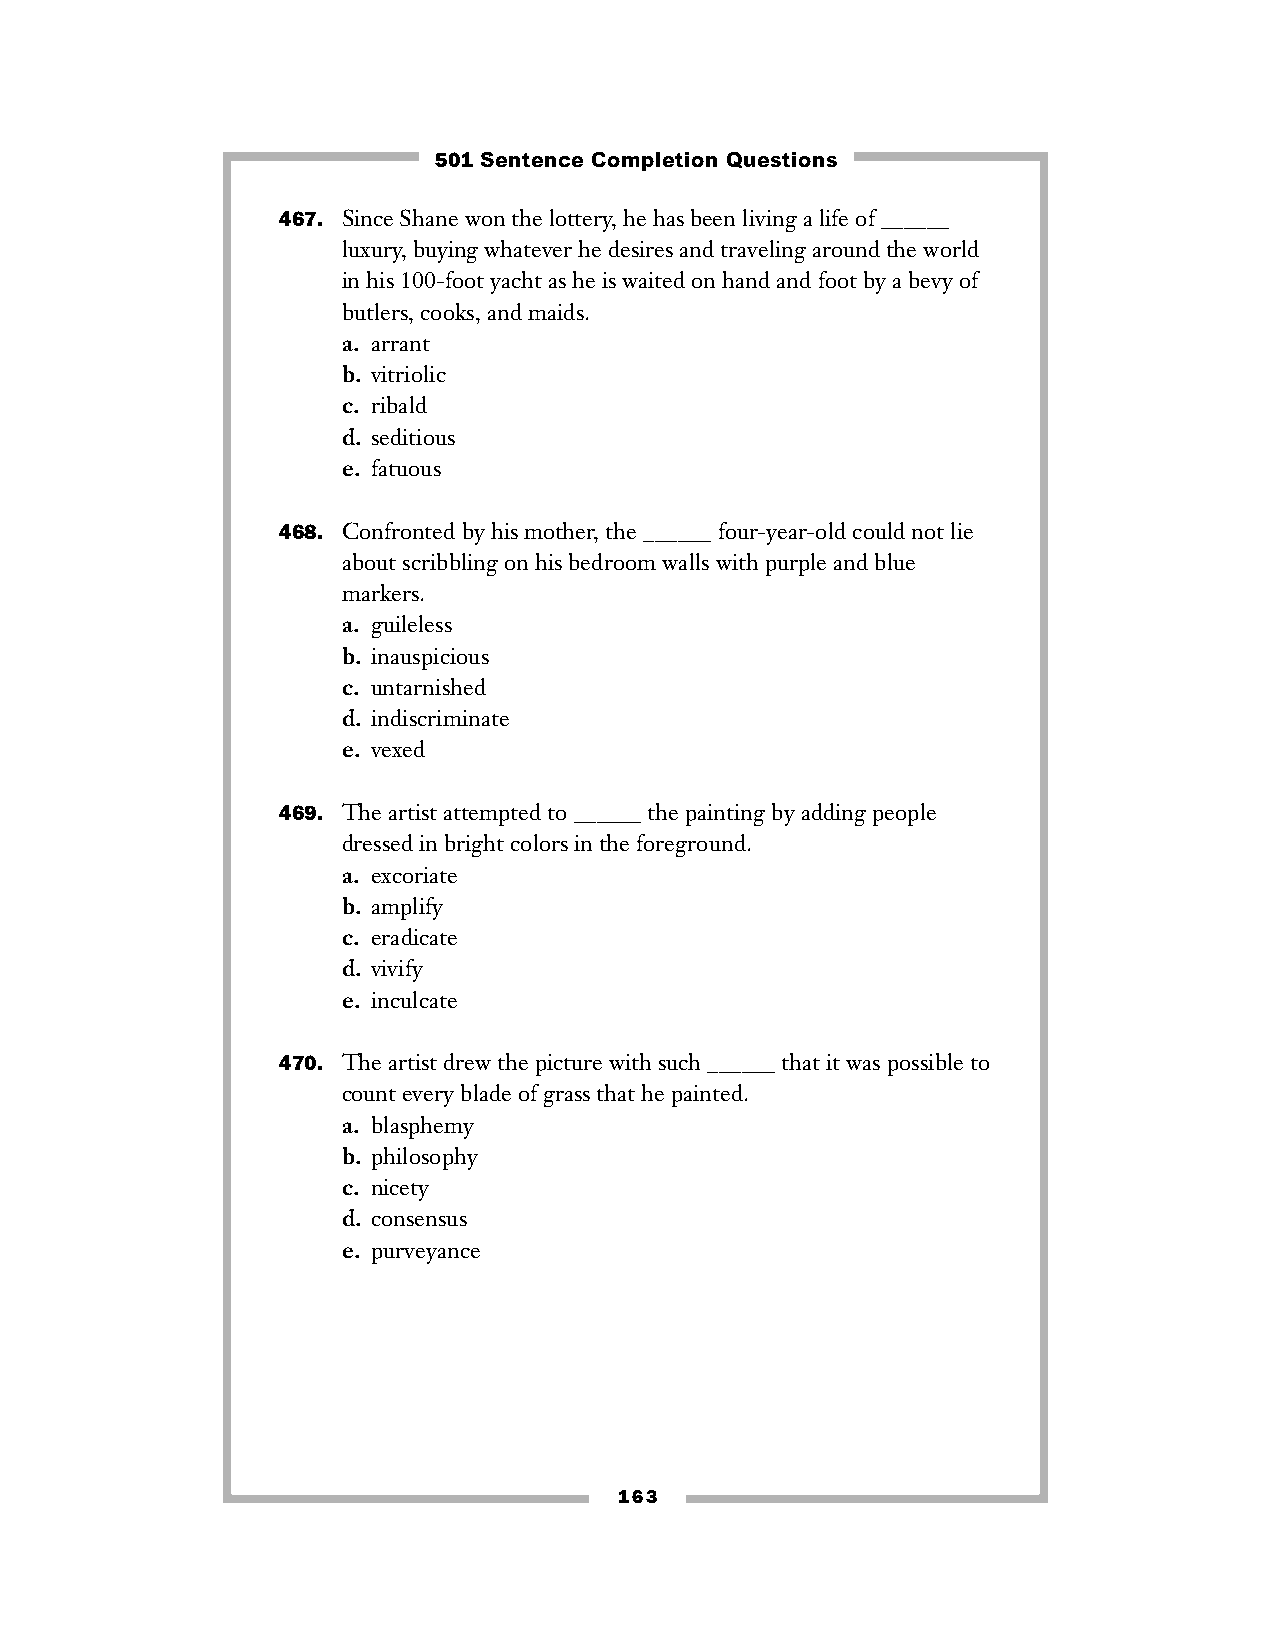
501 Sentence Completion Questions
 467. Since Shane won the lottery, he has been living a life of ______
 luxury, buying whatever he desires and traveling around the world
 in his 100-foot yacht as he is waited on hand and foot by a bevy of
 butlers, cooks, and maids.
 a. arrant
 b. vitriolic
 c. ribald
 d. seditious
 e. fatuous
 468. Confronted by his mother, the ______ four-year-old could not lie
 about scribbling on his bedroom walls with purple and blue
 markers.
 a. guileless
 b. inauspicious
 c. untarnished
 d. indiscriminate
 e. vexed
 469. The artist attempted to ______ the painting by adding people
 dressed in bright colors in the foreground.
 a. excoriate
 b. amplify
 c. eradicate
 d. vivify
 e. inculcate
 470. The artist drew the picture with such ______ that it was possible to
 count every blade of grass that he painted.
 a. blasphemy
 b. philosophy
 c. nicety
 d. consensus
 e. purveyance
 163